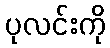
ပုလင်းကို